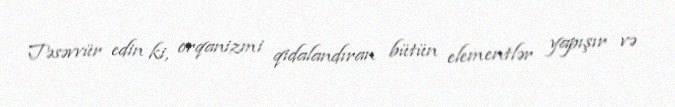
Təsəvvür edin ki, orqanizmi qidalandıran bütün elementlər yapışır və